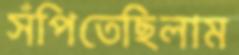
সঁপিতেছিলাম